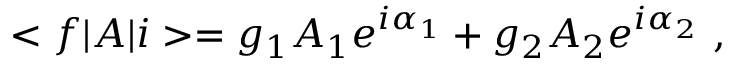
< f | A | i > = g _ { 1 } A _ { 1 } e ^ { i \alpha _ { 1 } } + g _ { 2 } A _ { 2 } e ^ { i \alpha _ { 2 } } \ ,